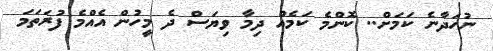
ނުހަދާނެ ކަމަށް.. ކޮންމެ ކަމެއް ދިމާ ވިޔަސް ދެ މީހުން އެއްމެ ފުރަތަމަ